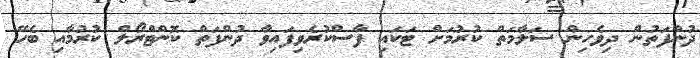
ދުންފަތުން ދިވެހިން ސަލާމަތް ކުރުމަށް ޓަކައި ފާސްކުރެވިފައިވާ ދުންފަތް ކޮންޓްރޯލް ކުރުމާއި ބެހޭ